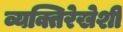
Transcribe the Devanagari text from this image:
व्यक्तिरेखेशी